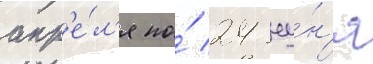
апр'е́л'я по́ 24 иу́н'я